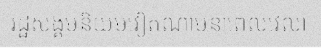
រដ្ឋសង្គមនិយមវៀតណាមនាពេលវេលា